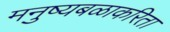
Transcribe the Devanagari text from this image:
मनुष्यबळाकरिता